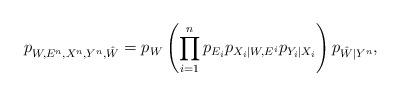
LaTeX: \begin{align*} p_{W,E^n, X^n, Y^n, \hat W}=p_W \left(\prod_{i=1}^n p_{E_i} p_{X_i|W, E^i} p_{Y_i|X_i}\right)p_{\hat W |Y^n}, \end{align*}